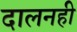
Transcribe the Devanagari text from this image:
दालनही